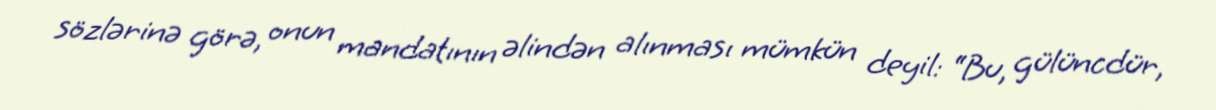
sözlərinə görə, onun mandatının əlindən alınması mümkün deyil: “Bu, gülüncdür,